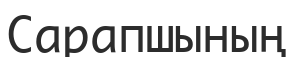
Сарапшының